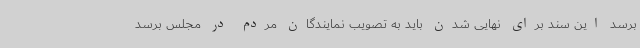
برسد این سند برای نهایی شدن باید به تصویب نمایندگان مردم در مجلس برسد